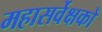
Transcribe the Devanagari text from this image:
महासर्वेक्षकों